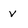
Character: v